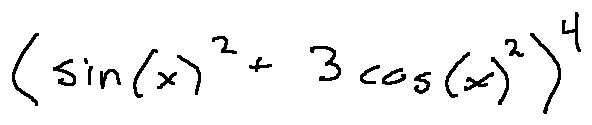
( \sin ( x ) ^ { 2 } + 3 \cos ( x ) ^ { 2 } ) ^ { 4 }